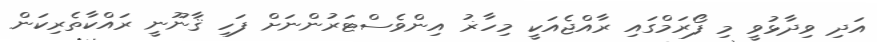
އަދި ވިދާޅުވީ މި ފޯރަމްގައި ރާއްޖެއަކީ މިހާޜު އިންވެސްޓަރުންނަށް ފަހި ޤާނޫނީ ރައްކާތެރިކަން